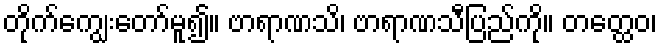
တိုက်ကျွေးတော်မူ၍။ ဗာရာဏသိ၊ ဗာရာဏသီပြည်ကို။ တတ္ထေဝ၊